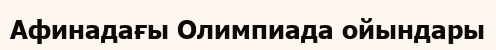
Афинадағы Олимпиада ойындары